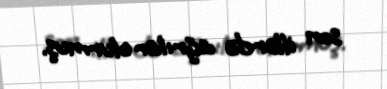
son illərdə ağrılar olurmuş.